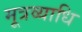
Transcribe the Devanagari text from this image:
मूत्रव्याधि